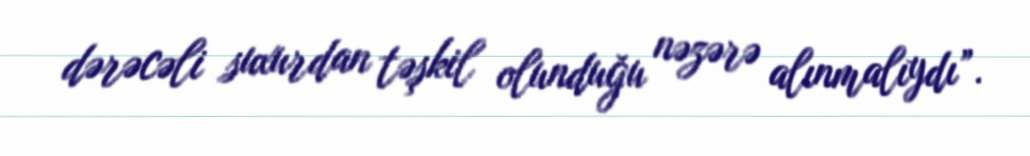
dərəcəli suxurdan təşkil olunduğu nəzərə alınmalıydı”.